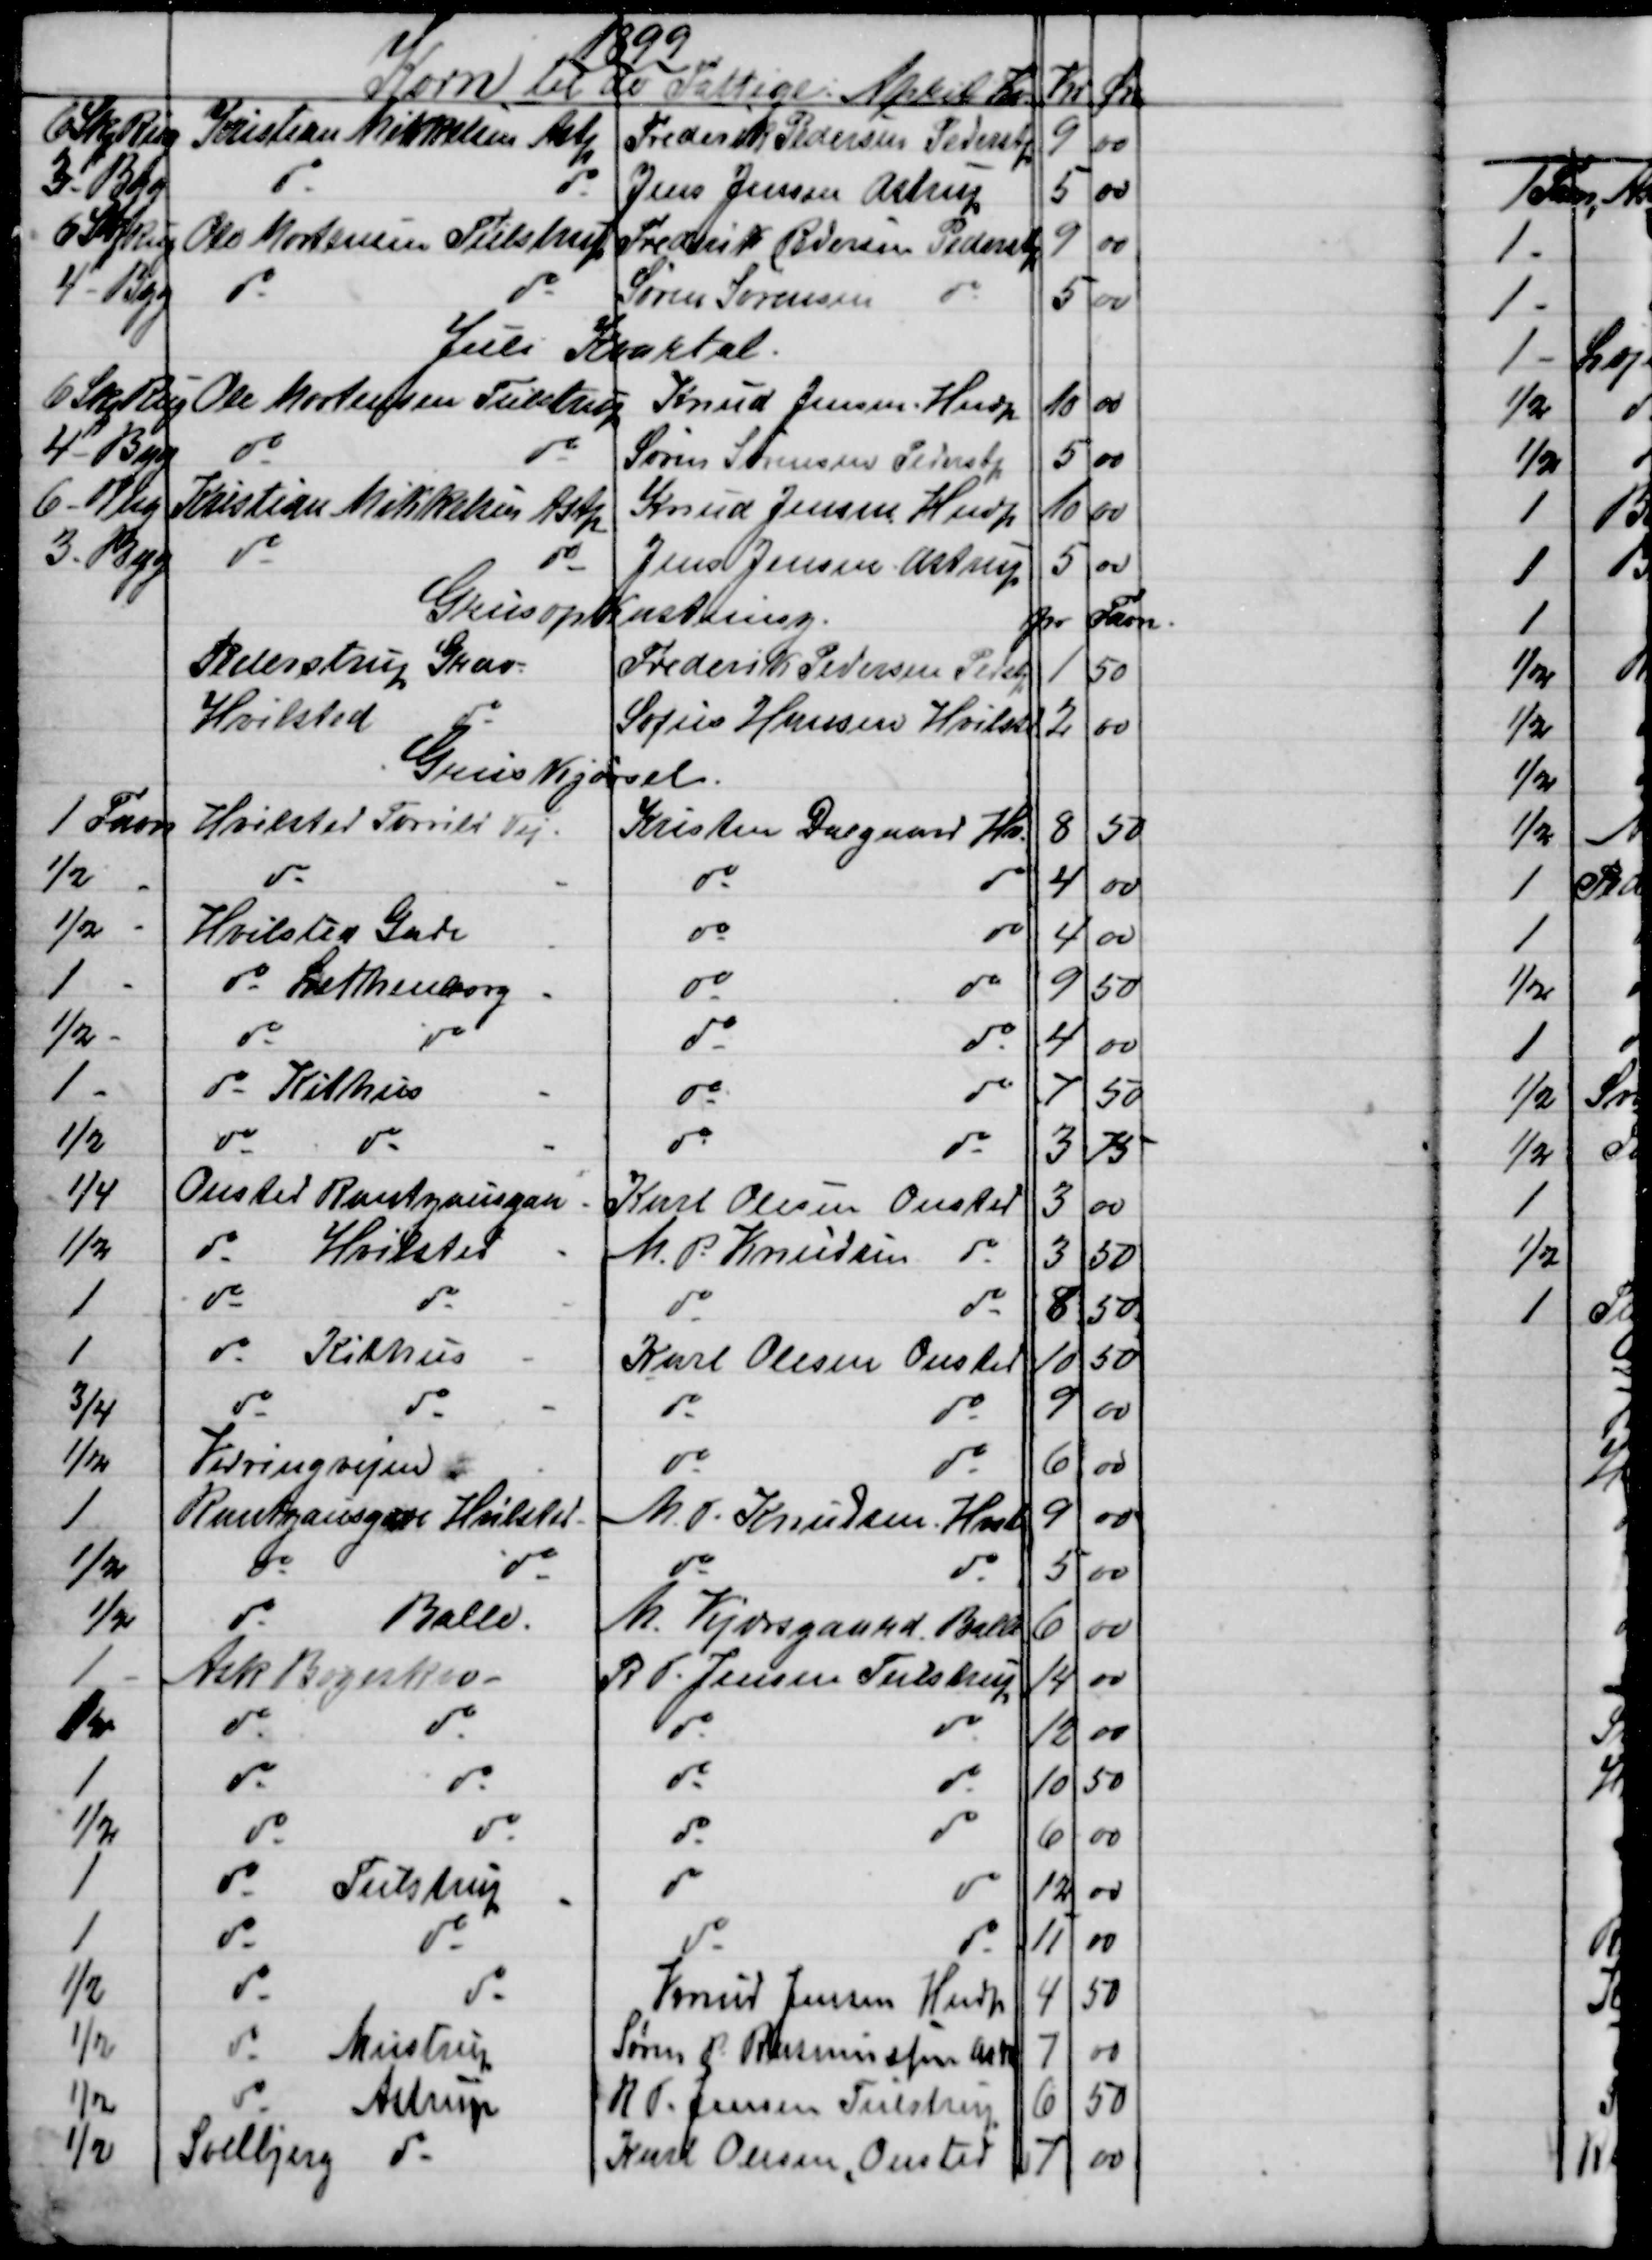
Transskription:
1899
Korn til de Fattige: April  Kv
Kr
Øre
6 Skp Rug
Kristian Mikkelsen Astp
Frederik Pedersen Pederstp
9
00
3 - Byg
do
do
Jens Jensen Astrup
5
00
6 Skp Rug
Ole Mortensen Tulstrup
Frederik Pedersen Pederstp
9
00
4 - Byg      
do
do
Søren Sørensen
do
5
00
Juli Kvartal.
6 Skp Rug 
Ole Mortensen Tulstrup
Knud Jensen Hndp
10
00
4 - Byg
do
do
Sørens Sørensen Pederstp
5
00
6 - Rug
Kristian Mikkelsen Astp
Knud Jensen Hndp
10
00
3 - Byg
do
do
Jens Jensen, Astrup
5
00
Grusopkastning.
pr Favn
Pederstrup Grav
Frederik Pedersen Pedstp
1
50
Hvilsted
do
Sofus Hansen Hvilstd
2
00
Gruskjørsel.
1 Favn
Hvilsted Torrild Vej
Kristen Dalgaard Hv.
8
50
½ 
do
do
do
4
00
½
Hvilsted Gade
do
do
4
00
1  
do Lethenborg
do
do
9
50
½
do
do
do
do
4
00
1 
do Kithus
do
do
7
50
½
do
do
do
do
3
75
¼
Onsted Rantzausgave
Karl Olesen Onsted
3
00
½
do  Hvilsted
M. P. Knudsen
do
3
50
1 
do
do
do
do
8
50
1 
do Kithus
Karl Olesen Onsted
10
50
¾
do
do
do
do
9
00
½
Virringvejen
do
do
6
00
1
Rantzausgave Hvilsted
M. P. Knudsen Hvst
9
00
½
do
do
do
do
5
00
½
do
Balle.
M. Kjærsgaard, Balle
6
00
1
Ask Bøgeskov
R. P. Jensen Tulstrup
14
00
1
do
do
do
do
12
00
1
do
do
do
do
10
50
½
do
do
do
do
6
00
1
do
Tulstrup
do
do
12
00
1
do
do
do
do
11
00
½
do
do
Knud Jensen Hndp
4
50
½
do
Mustrup
Søren P. Rasmussen Astp
7
00
½
do
Astrup
R. T. Jensen Tulstrup
6
50
½
Soelbjerg
do
Karl Olesen, Onsted
7
00